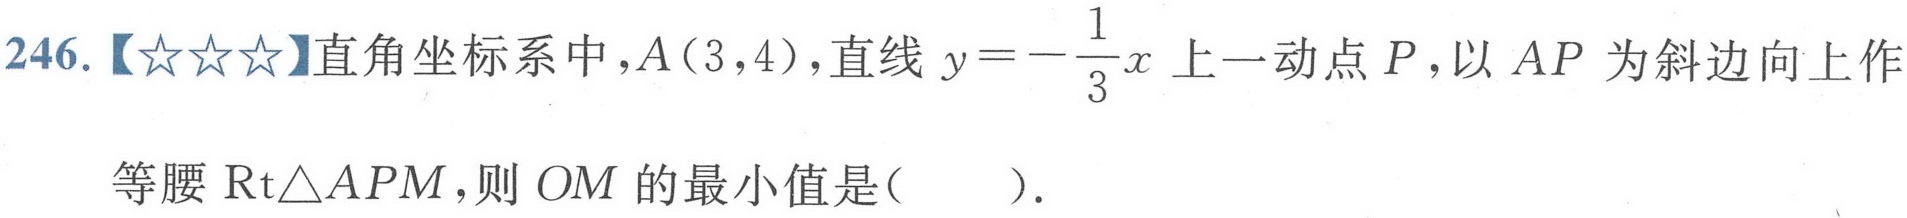
246.【☆☆☆】直角坐标系中，\(A(3,4)\)，直线\(y = -\frac{1}{3}x\)上一动点\(P\)，以\(AP\)为斜边向上作等腰\(\text{Rt}\triangle APM\)，则\(OM\)的最小值是(  ).